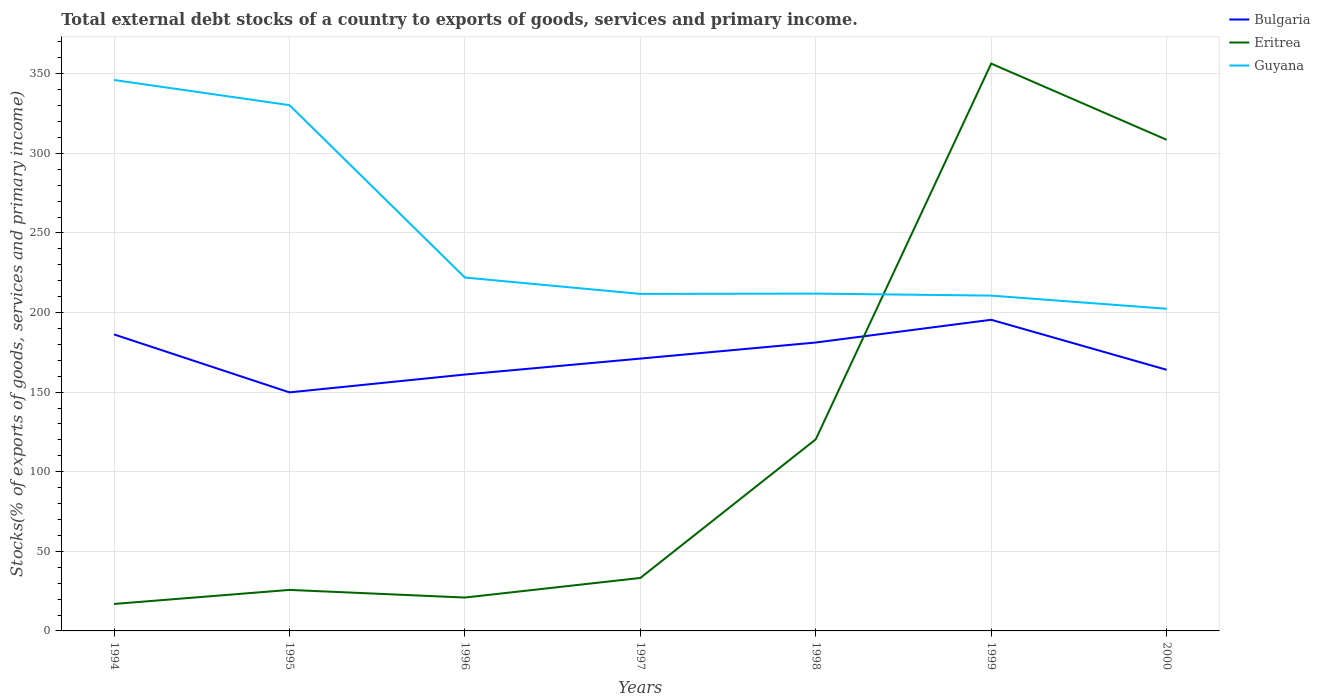
| Years | Bulgaria | Eritrea | Guyana |
 | --- | --- | --- | --- |
 | 1994 | 186 | 16.9 | 346 |
 | 1995 | 150 | 25.8 | 330 |
 | 1996 | 161 | 21 | 222 |
 | 1997 | 171 | 33.3 | 212 |
 | 1998 | 181 | 120 | 212 |
 | 1999 | 195 | 356 | 211 |
 | 2000 | 164 | 309 | 202 |